Vaccination report Assam 1896-1927 - 1896-1927
Year: 1896
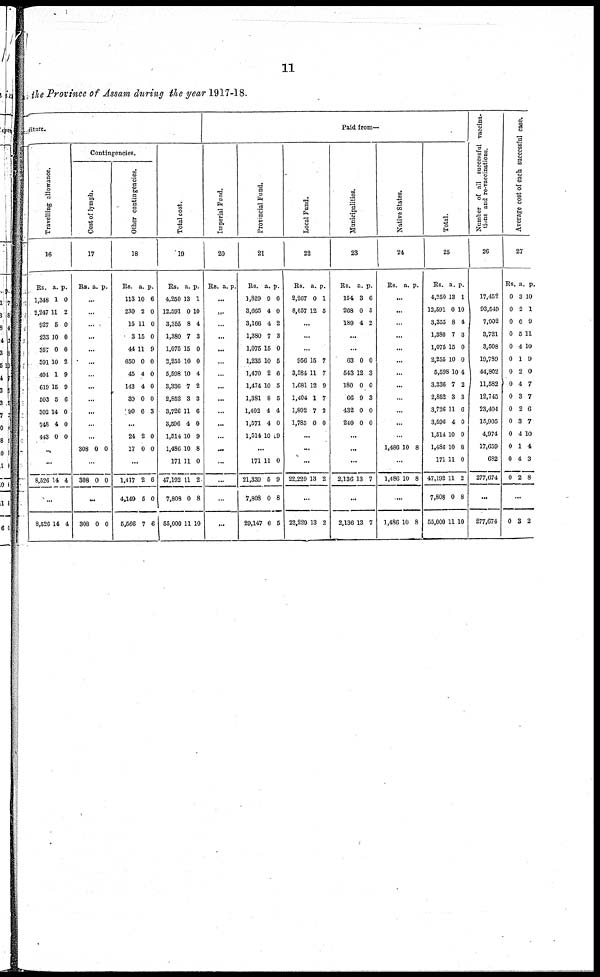
11
the Province of Assam during the year 1917-18.
diture.
Travelling allowance.
16
Rs.
1,348
2,247
927
233
357
391
404
619
503
302
748
443
a.
1
11
5
10
0
10
1
15
5
14
4
0
p.
0
2
0
0
0
2
9
9
6
0
0
0
...
...
8,526 14 4
...
8,526 14 4
Contingencies.
Cost of lymph.
17
Rs. a. p.
...
...
...
...
...
...
...
...
...
...
...
...
308 0 0
...
308 0 0
...
308 0 0
Other contingencies.
18
Rs.
113
230
15
3
44
650
45
143
30
99
a.
10
2
11
15
11
0
4
4
0
6
p.
6
0
0
0
9
0
0
0
0
3
...
24
17
2
0
0
0
...
1,417
4,149
5,566
2
5
7
6
0
6
Total cost.
19
Rs.
4,250
12,591
3,355
1,380
1,075
2,255
5,598
3,336
2,852
3,726
3,596
1,514
1,480
171
47,192
7,808
55,000
a.
13
0
8
7
15
10
10
7
3
11
4
10
10
11
11
0
11
p.
1
10
4
3
0
0
4
2
3
6
0
9
8
0
2
8
10
Paid from—
Imperial Fund.
20
Rs. a. p.
...
...
...
...
...
...
...
...
...
...
...
...
...
...
...
...
...
Provincial Fund.
21
Rs.
1,829
3,665
3,166
1,380
1,075
1,235
1,470
1,474
1,381
1,402
1,571
1,514
a.
9
4
4
7
15
10
2
10
8
4
4
10
p.
6
0
2
3
0
5
6
5
5
4
0
9
...
171
21,339
7,808
29,147
11
6
0
6
0
9
8
5
Local Fund.
22
Rs.
2,267
8,657
a.
0
12
p.
1
5
...
...
...
956
3,584
1,681
1,404
1,892
1,785
15
11
12
1
7
0
7
7
9
7
2
0
...
...
...
22,229 13 2
...
22,229 13 2
Municipalities.
23
Rs.
154
268
189
a.
3
0
4
p.
6
5
2
...
...
63
643
180
66
432
240
0
12
0
9
0
0
0
3
0
3
0
0
...
...
...
2,136 13 7
...
2,136 13 7
Native States.
24
Rs. a. p.
...
...
...
...
...
...
...
...
...
...
...
1,486 10 8
...
1,486 10 8
...
1,486 10 8
Total.
25
Rs.
4,250
12,591
3,355
1,380
1,075
2,255
5,598
3,336
2,852
3,726
3,596
1,514
1,486
171
47,192
7,808
55,000
a.
13
0
8
7
15
10
10
7
3
11
4
10
10
11
11
0
11
p.
1
10
4
3
0
0
4
2
3
6
0
9
8
0
2
8
10
Number of all successful vaccina-
tions and re-vaccinations.
26
17,452
93,549
7,902
3,721
3,508
19,789
44,802
11,582
12,745
23,404
15,905
4,974
17,659
682
277,674
...
277,674
Average cost of each successful case.
27
Rs.
0
0
0
0
0
0
0
0
0
0
0
0
0
0
0
a.
3
2
6
5
4
1
2
4
3
2
3
4
1
4
2
p.
10
1
9
11
10
9
0
7
7
6
7
10
4
3
8
...
0 3 2